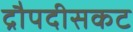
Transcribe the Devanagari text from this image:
द्रौपदीसकट